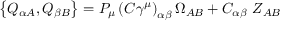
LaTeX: \left\{ Q _ { \alpha A } , Q _ { \beta B } \right\} = P _ { \mu } \left( C \gamma ^ { \mu } \right) _ { \alpha \beta } \Omega _ { A B } + C _ { \alpha \beta } \, \, Z _ { A B }